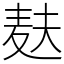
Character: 麸